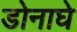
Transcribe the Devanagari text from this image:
डोनाघे